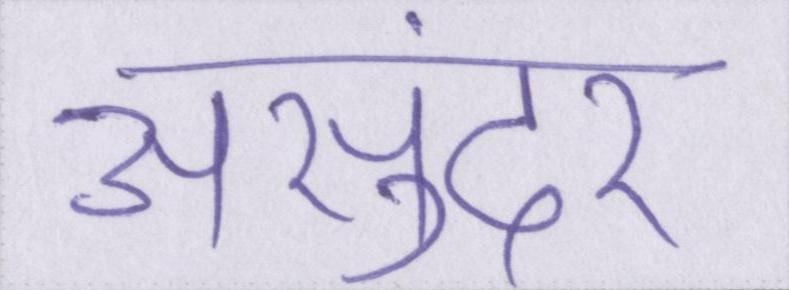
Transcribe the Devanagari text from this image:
असुंदर